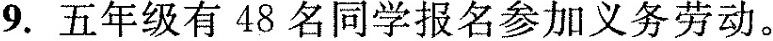
9.五年级有48名同学报名参加义务劳动。